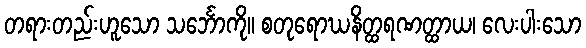
တရားတည်းဟူသော သင်္ဘောကို။ စတုရောဃနိတ္ထရဏတ္ထာယ၊ လေးပါးသော